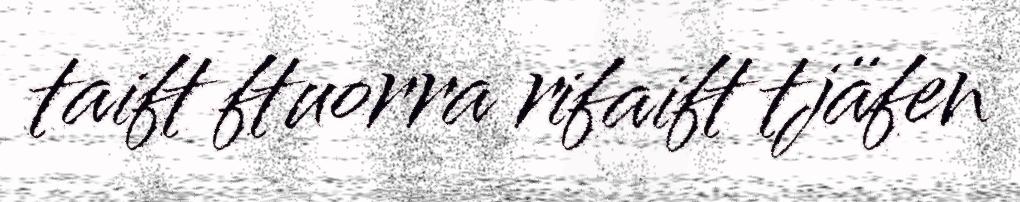
taift ftuorra rifaift tjäfen